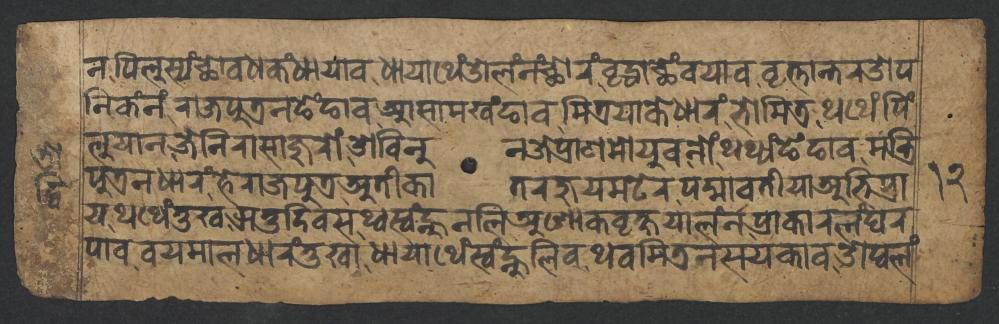
𑐣𑐥𑐶𑐮𑐸𑐳𑑂𑐫𑑄𑐕𑑀𑐰𑐢𑐎𑑄𑐢𑐵𑐫𑐵𑐰𑐢𑐵𑐫𑐵𑐠𑐾𑑄𑐌𑐮𑑄𑐣𑑄𑐕𑑀𑐬𑑄𑐰𑐺𑐡𑑂𑐢𑐵𑐕𑐾𑑄𑐰𑐫𑐵𑐰𑐰𑐺𑐟𑑂𑐟𑐵𑐣𑑂𑐟𑐬𑐌𑐥 𑐣𑐶𑐎𑑄𑐣𑑄𑐬𑐵𑐖𑐥𑐸𑐟𑑂𑐬𑐣𑐒𑐾𑑄𑐒𑐵𑐰𑐁𑐳𑐵𑐩𑐏𑑄𑐒𑐵𑐰𑐩𑐶𑐟𑑂𑐬𑐫𑐵𑐎𑐾𑐢𑐵𑐬𑑄𑐨𑑀𑐩𑐶𑐟𑑂𑐬𑐠𑐠𑐾𑑄𑐥𑐶𑑄 𑐮𑐸𑐫𑐵𑐣𑐖𑐾𑐣𑐶𑐬𑐵𑐳𑐵𑐖𑐸𑐬𑑀𑑄𑐌𑐧𑐶𑐣𑐸𑐣𑐖𑐾𑐥𑑂𑐬𑐵𑐞𑐩𑑀𑐫𑐸𑐰𑐣𑑀𑑄𑐠𑐠𑑂𑐫𑑄𑐒𑐾𑑄𑐒𑐵𑐰𑐩𑐣𑑂𑐟𑑂𑐬𑐶 𑐥𑐸𑐟𑑂𑐬𑐣𑐢𑐵𑐬𑑄𑐴𑐾𑐬𑐵𑐖𑐥𑐸𑐟𑑂𑐬𑐀𑐟𑐷𑐎𑐵𑐟𑐬𑐖𑐸𑐫𑐩𑐚𑐾𑐬𑐥𑐡𑑂𑐩𑐵𑐰𑐟𑐷𑐫𑐵𑐀𑐨𑐶𑐥𑑂𑐬𑐵 𑐫𑐠𑐠𑐾𑑄𑐟𑐸𑐏𑐆𑐟𑐸𑐡𑐶𑐰𑐳𑐠𑑂𑐰𑐳𑑂𑐰𑑄𑐣𑑂𑐴𑐸𑐣𑐮𑐶𑐀𑐱𑑀𑐎𑐰𑐺𑐎𑑂𑐲𑐫𑐵𑐮𑑄𑐣𑐥𑑂𑐬𑐵𑐎𑐵𑐬𑐮𑑄𑐑𑐬 𑐥𑐵𑐰𑐰𑐫𑐩𑐵𑐮𑐢𑐵𑐬𑑄𑐟𑐸𑐏𑐵𑐢𑐵𑐫𑐵𑐠𑐾𑑄𑐳𑑂𑐰𑑄𑐣𑑂𑐴𑐸𑐮𑐶𑐰𑐠𑐰𑐩𑐶𑐟𑑂𑐬𑐣𑐳𑐫𑐎𑐵𑐰𑐌𑐥𑑂𑐰𑐮𑑄